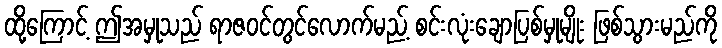
ထို့ကြောင့် ဤအမှုသည် ရာဇဝင်တွင်လောက်မည့် စင်းလုံးချောပြစ်မှုမျိုး ဖြစ်သွားမည်ကို